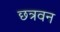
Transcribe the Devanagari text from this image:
छत्रवन